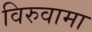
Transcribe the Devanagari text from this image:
विरुवामा